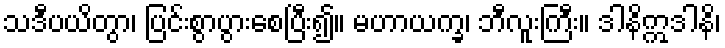
သဒီပယိတွာ၊ ပြင်းစွာပွားစေပြီး၍။ မဟာယက္ခ၊ ဘီလူးကြီး။ ဒါနိဣဒါနိ၊